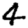
Digit: 4